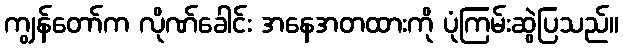
ကျွန်တော်က လိုဏ်ခေါင်း အနေအတထားကို ပုံကြမ်းဆွဲပြသည်။